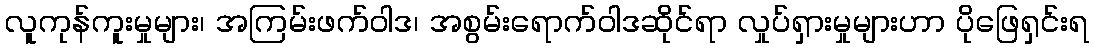
လူကုန်ကူးမှုများ၊ အကြမ်းဖက်ဝါဒ၊ အစွမ်းရောက်ဝါဒဆိုင်ရာ လှုပ်ရှားမှုများဟာ ပိုဖြေရှင်းရ